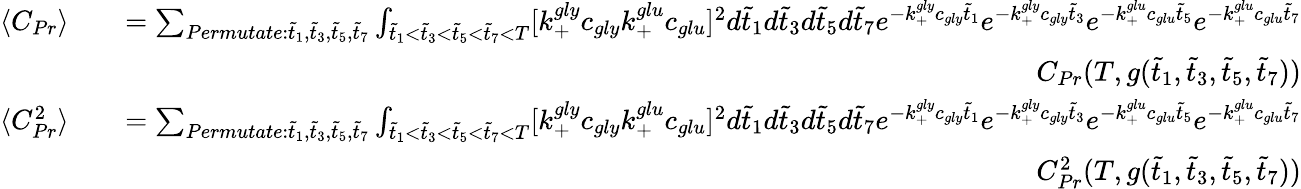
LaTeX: \begin{array}{rlr}{\langle C_{Pr}\rangle}&{}&{=\sum_{Permutate:\tilde{t}_{1},\tilde{t}_{3},\tilde{t}_{5},\tilde{t}_{7}}\int_{\tilde{t}_{1}<\tilde{t}_{3}<\tilde{t}_{5}<\tilde{t}_{7}<T}[k_{+}^{gly}c_{gly}k_{+}^{glu}c_{glu}]^{2}d\tilde{t}_{1}d\tilde{t}_{3}d\tilde{t}_{5}d\tilde{t}_{7}e^{-k_{+}^{gly}c_{gly}\tilde{t}_{1}}e^{-k_{+}^{gly}c_{gly}\tilde{t}_{3}}e^{-k_{+}^{glu}c_{glu}\tilde{t}_{5}}e^{-k_{+}^{glu}c_{glu}\tilde{t}_{7}}}\\ &{}&{C_{Pr}(T,g(\tilde{t}_{1},\tilde{t}_{3},\tilde{t}_{5},\tilde{t}_{7}))}\\ {\langle C_{Pr}^{2}\rangle}&{}&{=\sum_{Permutate:\tilde{t}_{1},\tilde{t}_{3},\tilde{t}_{5},\tilde{t}_{7}}\int_{\tilde{t}_{1}<\tilde{t}_{3}<\tilde{t}_{5}<\tilde{t}_{7}<T}[k_{+}^{gly}c_{gly}k_{+}^{glu}c_{glu}]^{2}d\tilde{t}_{1}d\tilde{t}_{3}d\tilde{t}_{5}d\tilde{t}_{7}e^{-k_{+}^{gly}c_{gly}\tilde{t}_{1}}e^{-k_{+}^{gly}c_{gly}\tilde{t}_{3}}e^{-k_{+}^{glu}c_{glu}\tilde{t}_{5}}e^{-k_{+}^{glu}c_{glu}\tilde{t}_{7}}}\\ &{}&{C_{Pr}^{2}(T,g(\tilde{t}_{1},\tilde{t}_{3},\tilde{t}_{5},\tilde{t}_{7}))}\end{array}